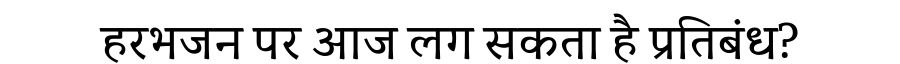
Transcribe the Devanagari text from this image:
हरभजन पर आज लग सकता है प्रतिबंध?